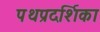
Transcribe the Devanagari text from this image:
पथप्रदर्शिका